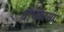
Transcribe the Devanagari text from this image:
बाघूबासा